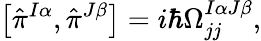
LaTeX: \left[\hat{\pi}^{I\alpha},\hat{\pi}^{J\beta}\right]=i\hbar\Omega_{jj}^{I\alpha J\beta},